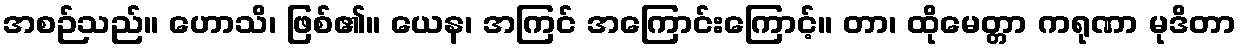
အစဉ်သည်။ ဟောသိ၊ ဖြစ်၏။ ယေန၊ အကြင် အကြောင်းကြောင့်။ တာ၊ ထိုမေတ္တာ ကရုဏာ မုဒိတာ